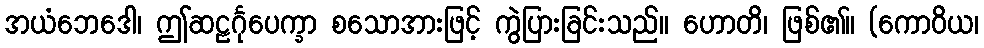
အယံဘေဒေါ၊ ဤဆဠင်္ဂုပေက္ခာ စသောအားဖြင့် ကွဲပြားခြင်းသည်။ ဟောတိ၊ ဖြစ်၏။ (ကောဝိယ၊